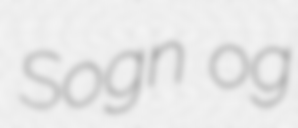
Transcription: Sogn og